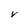
Character: V